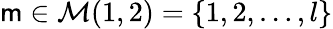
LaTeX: \mathsf{m}\in\mathcal{{M}}(1,2)=\{ 1,2,\ldots,l\}